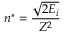
n ^ { * } = { \frac { \sqrt { 2 E _ { i } } } { Z ^ { 2 } } }